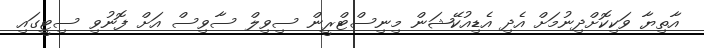
އާތިޔާ ވަކިކޮށްދިނުމަށް އެދި އެޑިއުކޭޝަން މިނިސްޓްރީން ސިވިލް ސާވިސް އަށް ފޮނުވި ސިޓީގައި